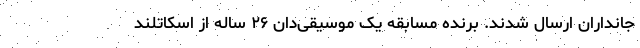
جانداران ارسال شدند. برنده مسابقه یک موسیقی‌دان ۲۶ ساله از اسکاتلند